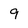
Character: 9